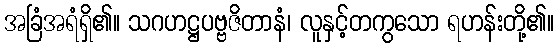
အခြံအရံရှိ၏။ သဂဟဋ္ဌပဗ္ဗဇိတာနံ၊ လူနှင့်တကွသော ရဟန်းတို့၏။